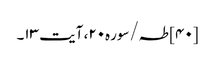
[۴۰] طہ/سوره۲۰، آیت ۱۳۔